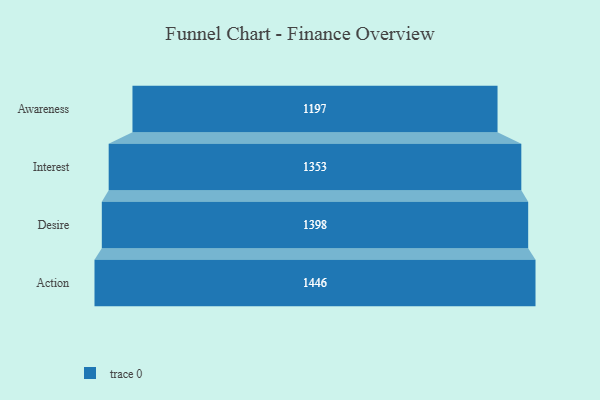
{"axis": {"x": "Stage", "y": "Value"}, "legend": [""], "data": [{"x": "Awareness", "y": 1197.0, "type": ""}, {"x": "Interest", "y": 1353.0, "type": ""}, {"x": "Desire", "y": 1398.0, "type": ""}, {"x": "Action", "y": 1446.0, "type": ""}]}